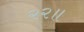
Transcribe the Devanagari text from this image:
२२॥